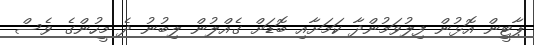
ޕާޓީން އޮޅުން ފިލުވަމުންދާ ކަމަށާއި ބޮޑަށް ގެއްލުން ލިބުނު ދެ މީހުންގެ ވެސް